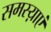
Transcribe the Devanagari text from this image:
समस्य़ाएं